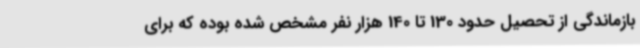
بازماندگی از تحصیل حدود 130 تا 140 هزار نفر مشخص شده بوده که برای